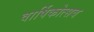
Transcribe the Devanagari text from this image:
वार्षिकोत्‍सव